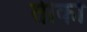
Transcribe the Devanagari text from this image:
तीको